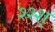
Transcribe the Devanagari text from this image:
श्श्श्